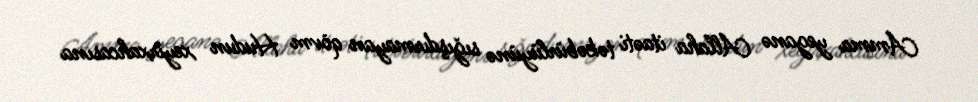
Amma yeganə Allaha itaəti təkəbürlüyünə sığışdırmayan qövm Hudun xeyirxahcasına